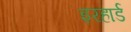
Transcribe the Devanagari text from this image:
इरहार्ड